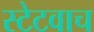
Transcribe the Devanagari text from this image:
स्टेटवाच